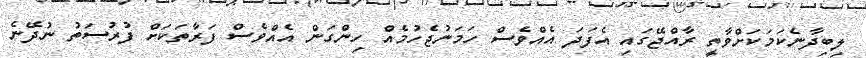
ލިބިދާނެކަމަކަށްވާތީ ރާއްޖޭގައި އެފަދަ އެއްވެސް ހަމަނުޖެހުމެއް ހިންގަން އެއްވެސް ފަރާތަކަށް ފުރުސަތު ނުދޭނެ